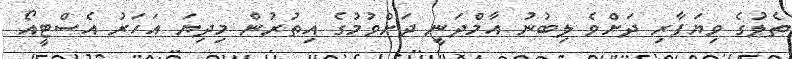
ތެލުގެ ވިޔަފާރި ދަށްވެ ލިބުނު އާމްދަނީ ދަށްވުމުގެ އިތުރުން މިދިޔަ އަހަރު އެސްޓީއޯ